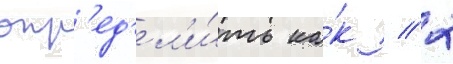
опр'ед'ел'и́ть ка́к // 2